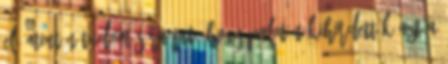
el, miután tudomására jut, hogy Palotán kihirdették azt a